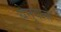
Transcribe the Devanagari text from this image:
धेनुवत्से